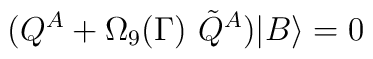
(Q^A+\Omega_9(\Gamma)\ \tilde Q^A) |B\rangle =0